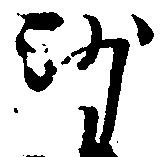
沙